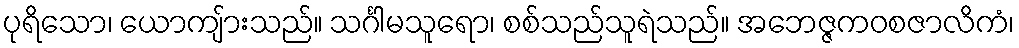
ပုရိသော၊ ယောကျ်ားသည်။ သင်္ဂါမသူရော၊ စစ်သည်သူရဲသည်။ အဘေဇ္ဇကဝစဇာလိကံ၊